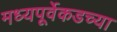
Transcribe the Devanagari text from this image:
मध्यपूर्वेकडच्या